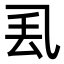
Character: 𫡧